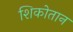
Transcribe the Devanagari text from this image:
शिकोतान